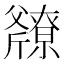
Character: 𫿿